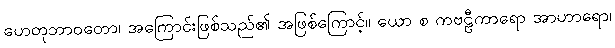
ဟေတုဘာဝတော၊ အကြောင်းဖြစ်သည်၏ အဖြစ်ကြောင့်။ ယော စ ကဗဠီကာရော အာဟာရော၊